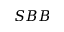
S B B